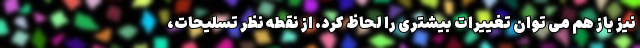
نیز باز هم می توان تغییرات بیشتری را لحاظ کرد. از نقطه نظر تسلیحات،